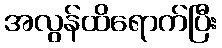
အလွန်ထိရောက်ပြီး